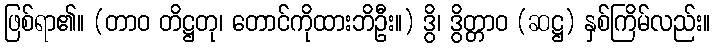
ဖြစ်ရာ၏။ (တာဝ တိဋ္ဌတု၊ တောင်ကိုထားဘိဦး။) ဒွိ၊ ဒွိတ္တာဝ (ဆဋ္ဌ) နှစ်ကြိမ်လည်း။